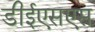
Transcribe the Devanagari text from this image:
डीईएसएस